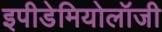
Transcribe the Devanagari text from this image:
इपीडेमियोलॉजी